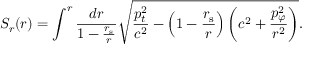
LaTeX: S _ { r } ( r ) = \int ^ { r } { \frac { d r } { 1 - { \frac { r _ { \mathrm { { s } } } } { r } } } } { \sqrt { { \frac { p _ { t } ^ { 2 } } { c ^ { 2 } } } - \left( 1 - { \frac { r _ { \mathrm { { s } } } } { r } } \right) \left( c ^ { 2 } + { \frac { p _ { \varphi } ^ { 2 } } { r ^ { 2 } } } \right) } } .